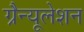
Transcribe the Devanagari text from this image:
ग्रैन्यूलेशन